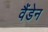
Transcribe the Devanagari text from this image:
वैंडेन